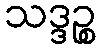
သဒ္ဒဉ္စ